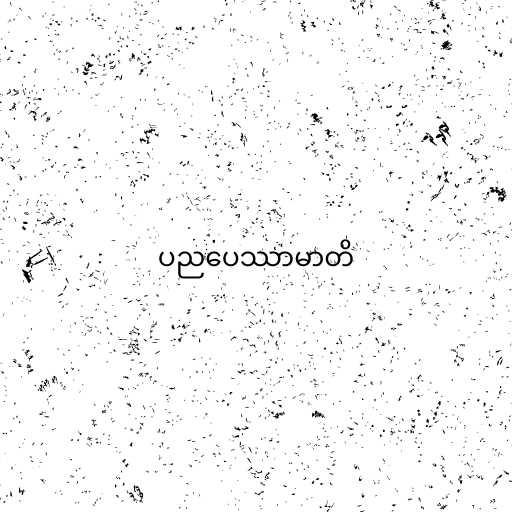
ပညပေဿာမာတိ